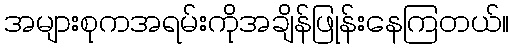
အများစုကအရမ်းကိုအချိန်ဖြုန်းနေကြတယ်။